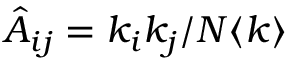
\hat { A } _ { i j } = k _ { i } k _ { j } / N \langle k \rangle